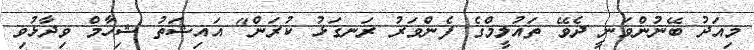
މިއަދު ބޭނުންވަނީ ދެވޭ ތައުލީމްގެ ފެންވަރު ރަނގަޅު ކުރަން" އައިޝަތު ޝިހާމް ވިދާޅުވި